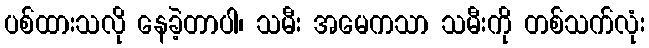
ပစ်ထားသလို နေခဲ့တာပါ၊ သမီး အမေကသာ သမီးကို တစ်သက်လုံး